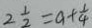
2 \frac { 1 } { 2 } = a + \frac { 1 } { 4 }